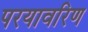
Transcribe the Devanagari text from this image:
परयावरिण